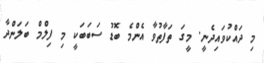
މި ދައްކުވައިދެނީ. މީގަ ތަފާތުވާ އެންމެ ބޮޑު ސަބަބަކީ މި ފިލްމް ބަލަންދާ